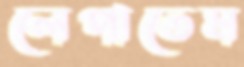
লেপাতেম